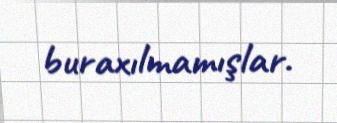
buraxılmamışlar.